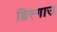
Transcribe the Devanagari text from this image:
ब्रिस्गाउ